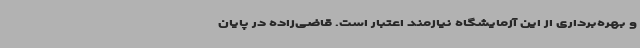
و بهره‌برداری از این آزمایشگاه نیازمند اعتبار است. قاضی‌زاده در پایان